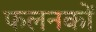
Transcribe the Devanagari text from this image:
फलनकों